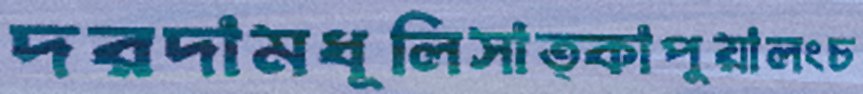
দরদামধূলিসাত্কাপুয়ালংচ